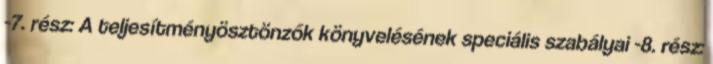
-7. rész: A teljesítményösztönzők könyvelésének speciális szabályai -8. rész: